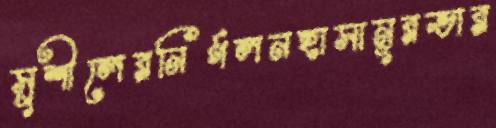
সুশীলেরনির্গলনহাসানূরভার